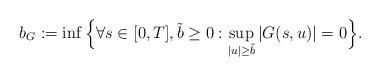
LaTeX: \begin{align*} b_{G}:=\inf \Big\{ \forall s \in [0,T], \tilde{b} \geq 0: \sup_{|u| \geq \tilde{b} }|G(s,u)|=0 \Big\}. \end{align*}